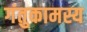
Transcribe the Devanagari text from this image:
गंतुकामस्य